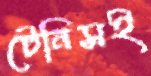
টেনিসই